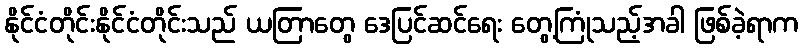
နိုင်ငံတိုင်းနိုင်ငံတိုင်းသည် ယတြာတွေ ဒေပြင်ဆင်ရေး တွေ့ကြုံသည့်အခါ ဖြစ်ခဲ့ရာက